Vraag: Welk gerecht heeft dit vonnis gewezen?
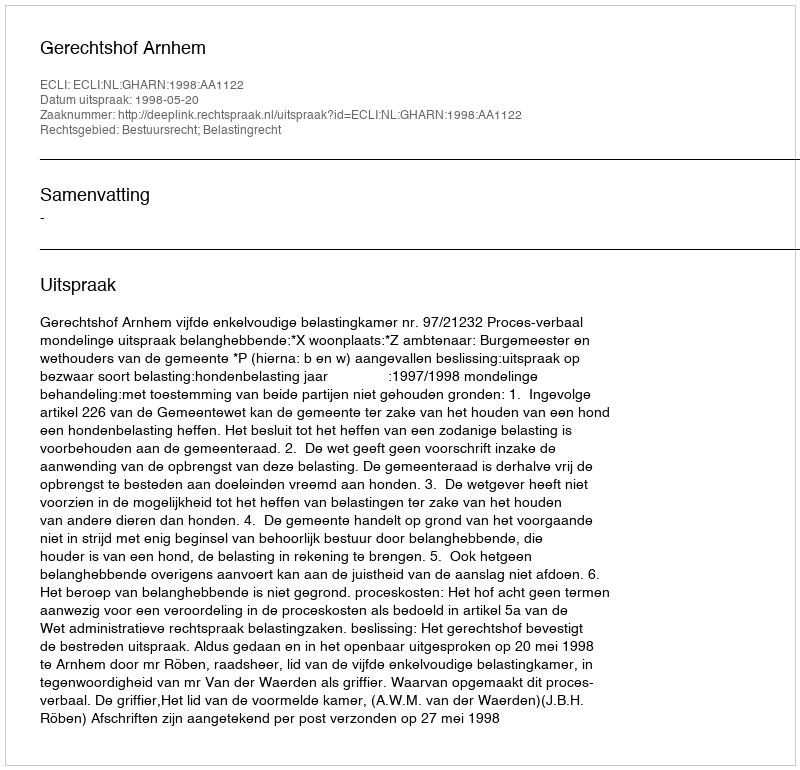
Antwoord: Gerechtshof Arnhem